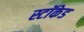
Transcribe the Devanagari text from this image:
स्टॉकेड